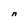
Character: n